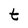
Character: t